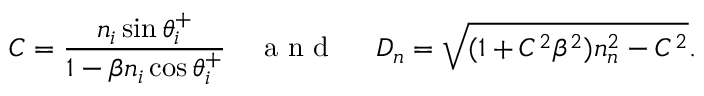
C = \frac { n _ { i } \sin \theta _ { i } ^ { + } } { 1 - \beta n _ { i } \cos \theta _ { i } ^ { + } } \quad \mathrm { ~ a ~ n ~ d ~ \quad ~ } D _ { n } = \sqrt { ( 1 + C ^ { 2 } \beta ^ { 2 } ) n _ { n } ^ { 2 } - C ^ { 2 } } .